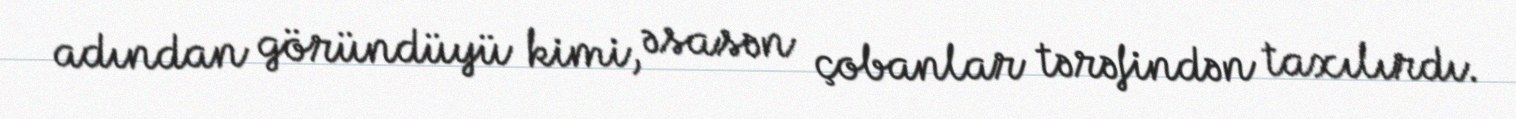
adından göründüyü kimi, əsasən çobanlar tərəfindən taxılırdı.